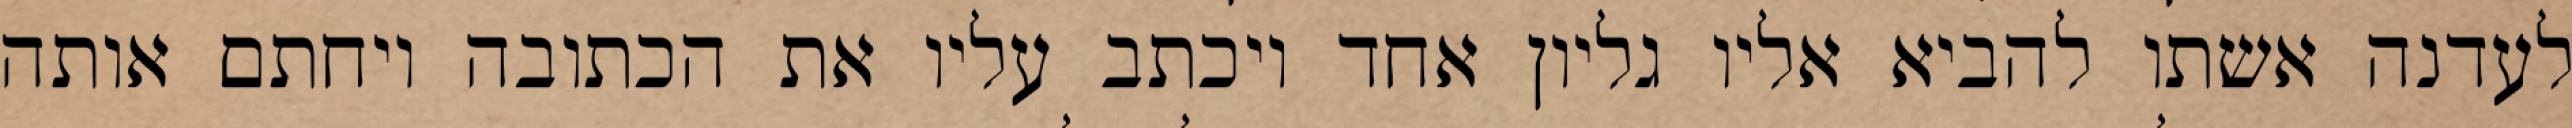
לעדנה אשתו להביא אליו גליון אחד ויכתב עליו את הכתובה ויחתם אותה